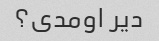
دیر اومدی؟